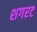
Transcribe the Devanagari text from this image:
शगरट